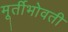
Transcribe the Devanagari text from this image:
मूर्तीभोवती